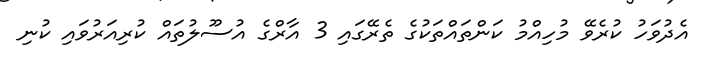
އެދުވަހު ކުރެވޭ މުހިއްމު ކަންތައްތަކުގެ ތެރޭގައި 3 އާރްގެ އުސޫލުތައް ކުރިއަރުވައި ކުނި